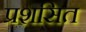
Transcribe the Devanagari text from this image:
प्रशसित